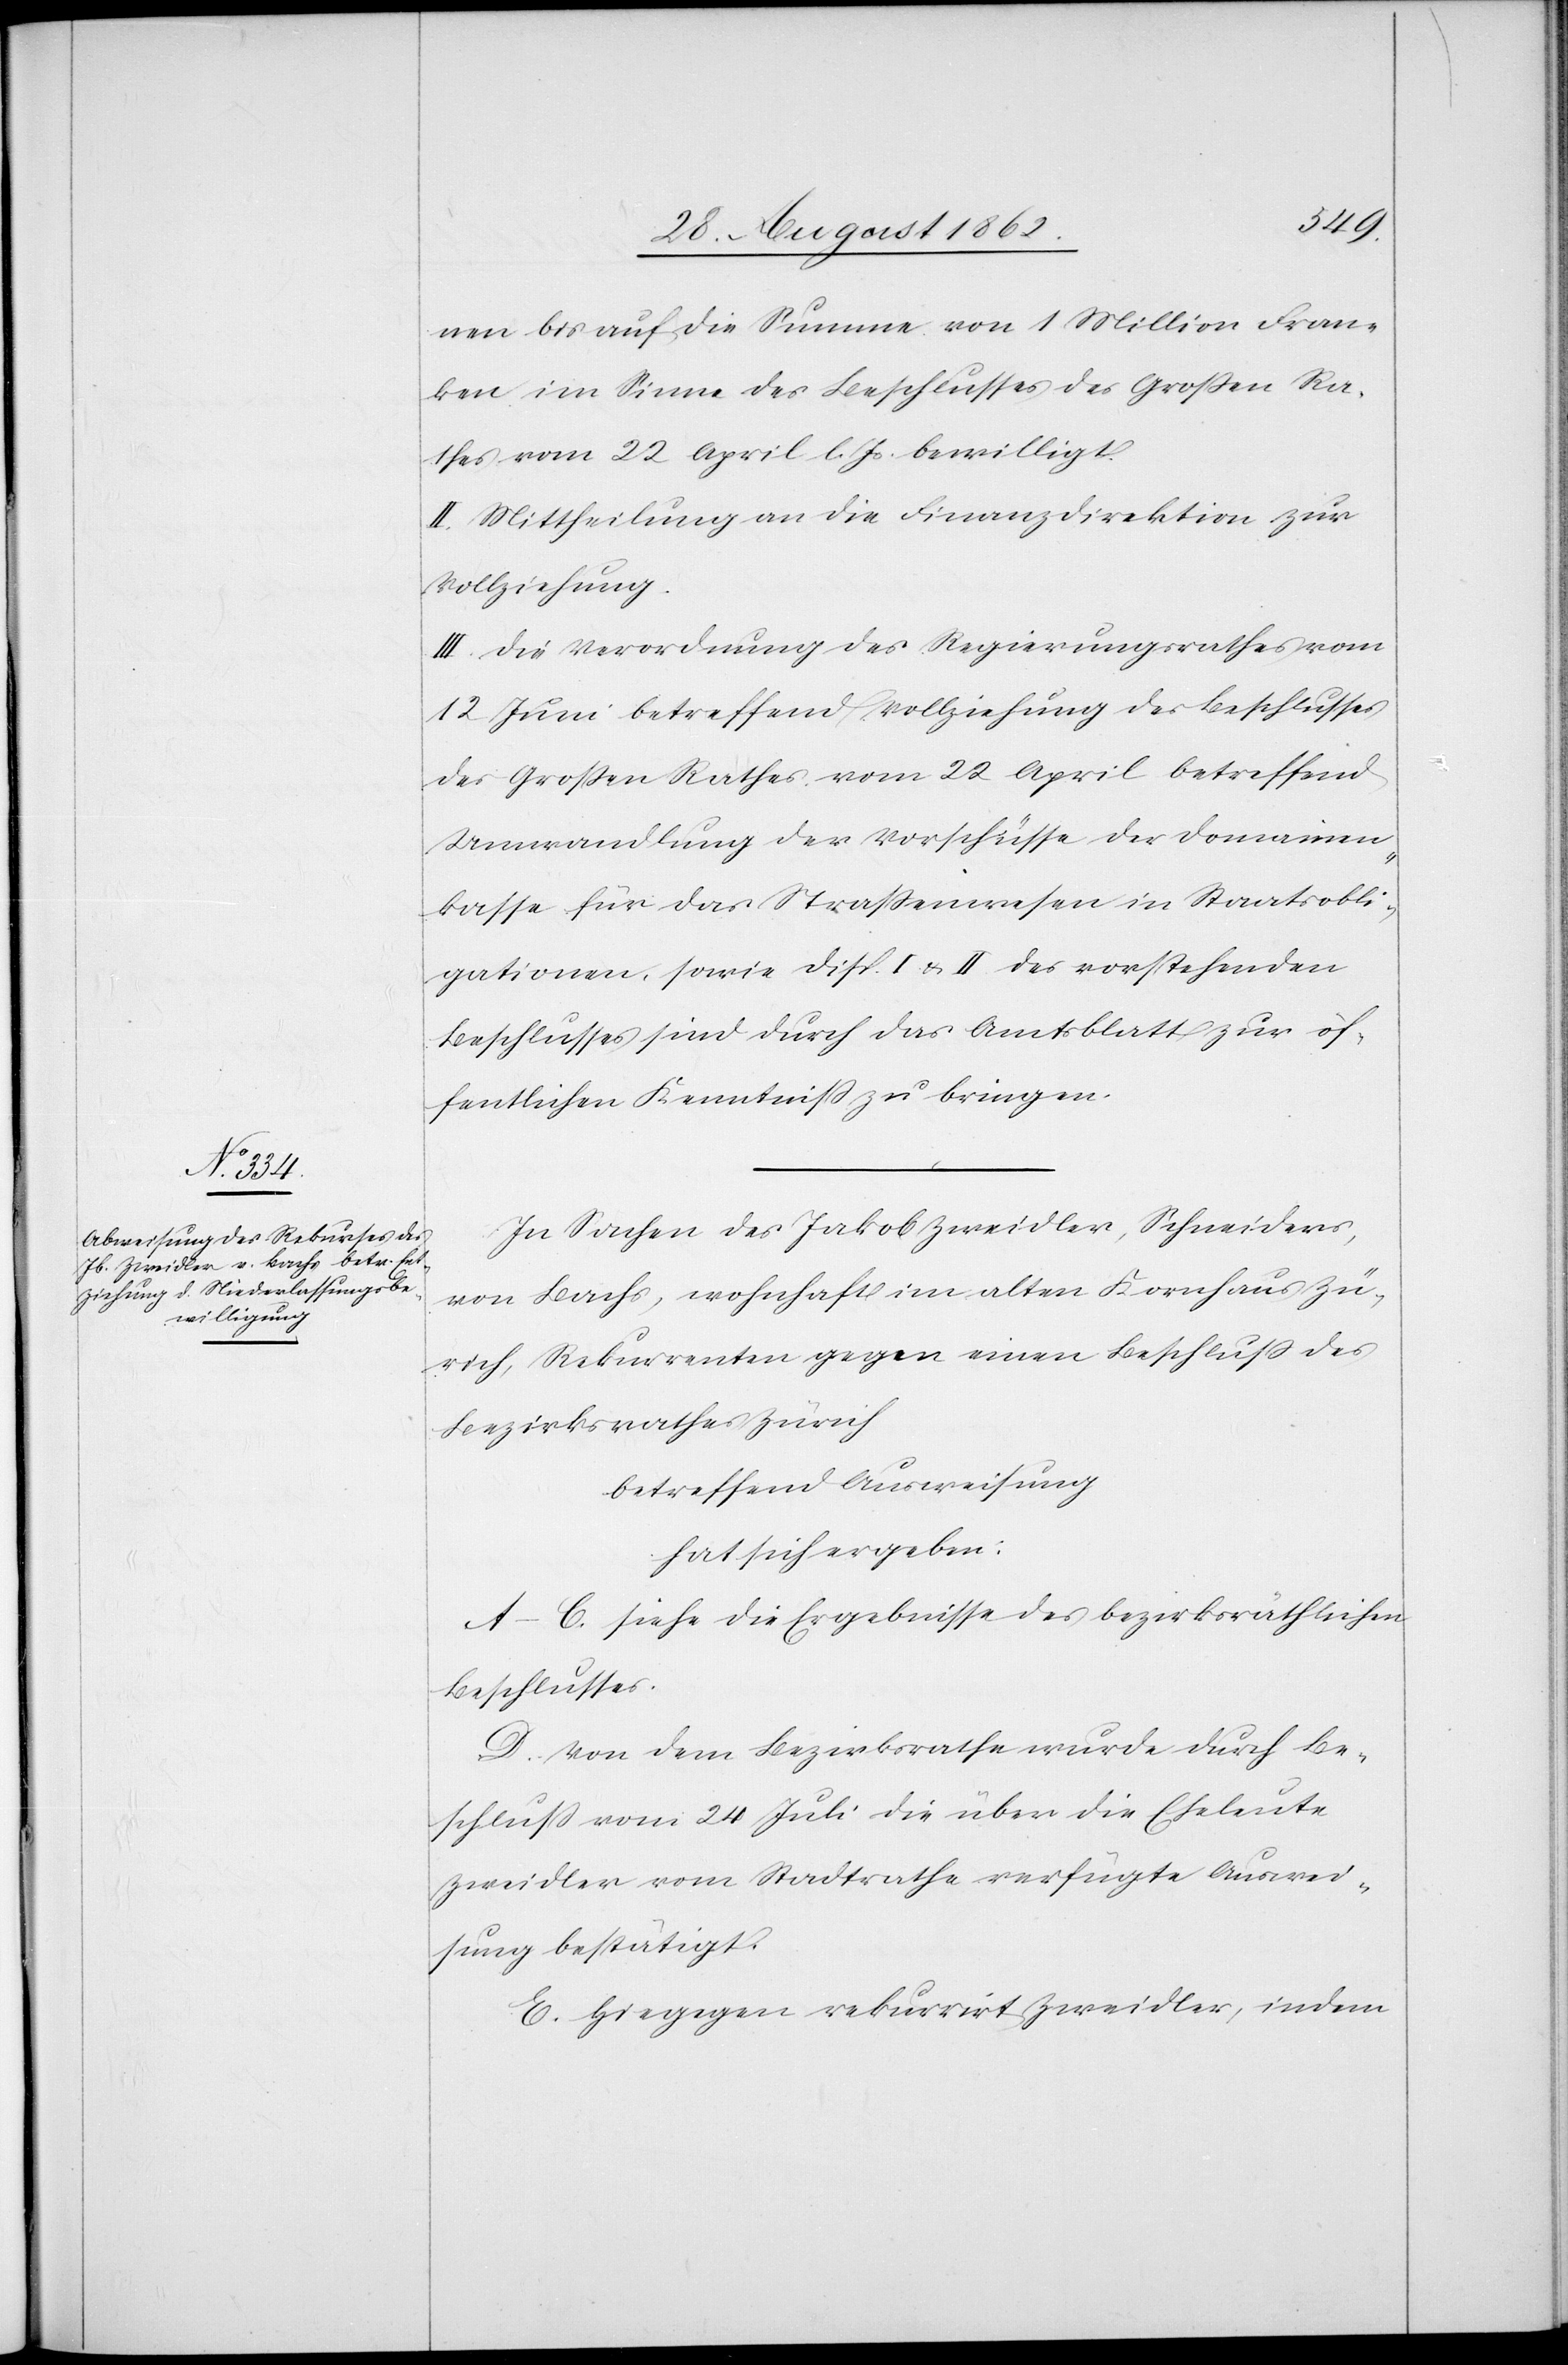
nen bis auf die Summe von 1 Million Fran¬
ken im Sinne des Beschlusses des Großen Ra¬
thes vom 22. April l. Js. bewilligt.
II. Mittheilung an die Finanzdirektion zur
Vollziehung.
III. Die Verordnung des Regierungsrathes vom
12. Juni betreffend Vollziehung des Beschlusses
des Großen Rathes vom 22. April betreffend
Umwandlung der Vorschüsse der Domainen¬
kasse für das Straßenwesen in Staatsobli¬
gationen, sowie Disp. I u. II des vorstehenden
Beschlusses sind durch das Amtsblatt zur öf¬
fentlichen Kenntniß zu bringen.
In Sachen des Jakob Zweidler, Schneiders,
von Bachs, wohnhaft im alten Kornhaus Zü¬
rich, Rekurrenten gegen einen Beschluß des
Bezirksrathes Zürich
betreffend Ausweisung
hat sich ergeben:
A–C. siehe die Ergebnisse des bezirksräthlichen
Beschlusses.
D. Von dem Bezirksrathe wurde durch Be¬
schluß vom 24. Juli die über die Eheleute
Zweidler vom Stadtrathe verfügte Auswei¬
sung bestätigt.
E. Hiegegen rekurrit Zweidler, indem